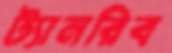
ট্যানরিব